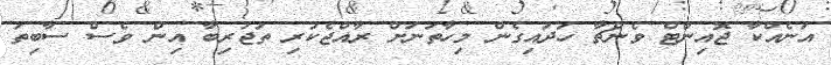
އަނެއްކާ ޖޮއިންޓް ވެންޗާ ހަދައިގެން މިހާތަނަށް ރާއްޖެކުރި ތަޖުރިބާ އިން ވެސް ސާބިތު